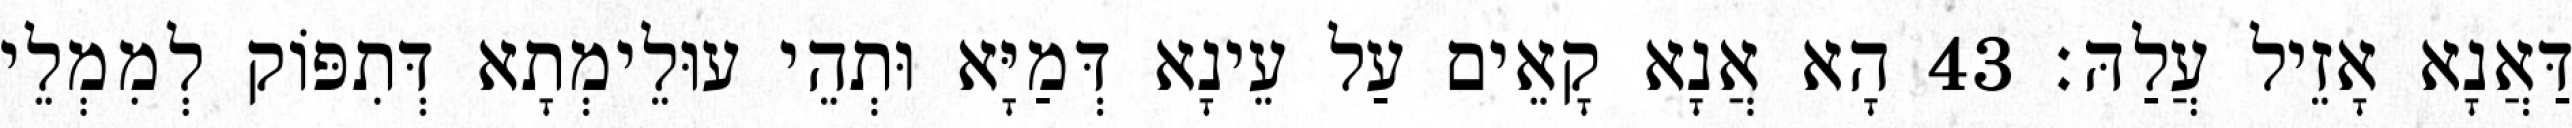
דַּאֲנָא אָזֵיל עֲלַהּ׃ 43 הָא אֲנָא קָאֵים עַל עֵינָא דְּמַיָּא וּתְהֵי עוּלֵימְתָא דְּתִפּוֹק לְמִמְלֵי